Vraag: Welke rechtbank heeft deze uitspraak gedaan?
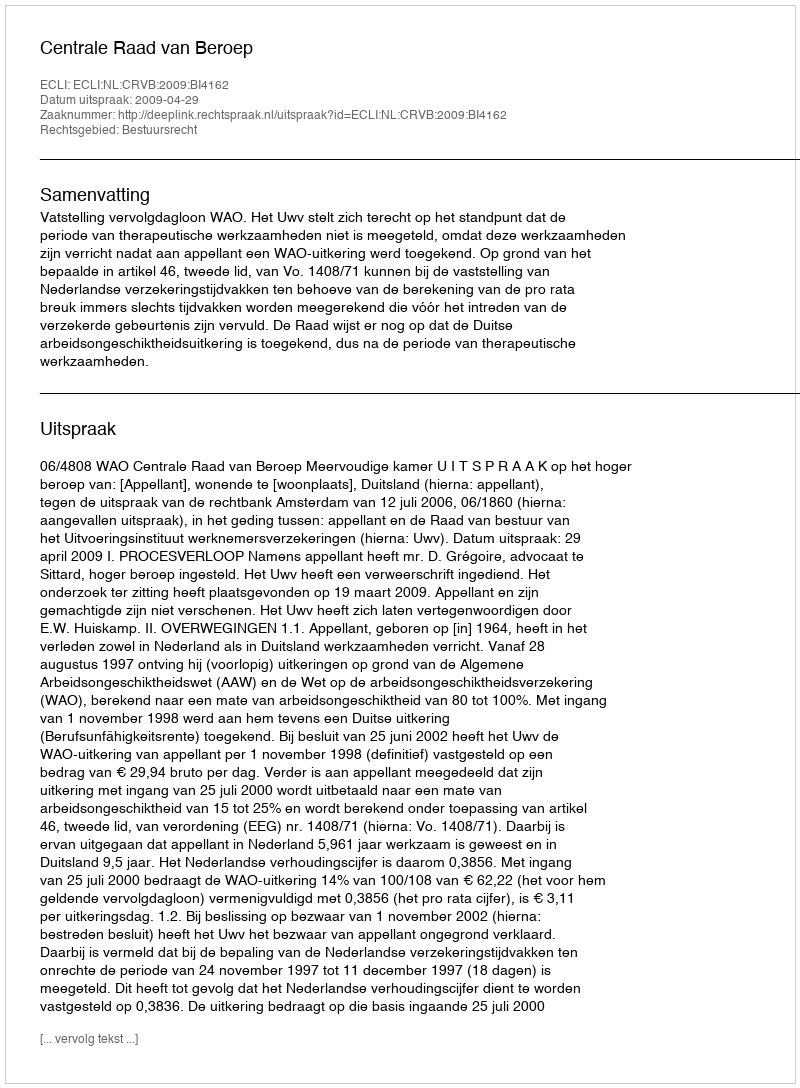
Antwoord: Centrale Raad van Beroep